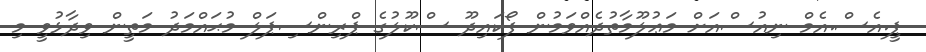
ޕީ.އެސް.އެމް ނިއުސްއަށް މަޢުލޫމާތުދެއްވަމުން ފޯކައިދޫ ސްކޫލުގެ ޕްރިންސިޕަލް މުޙައްމަދު މަތީން ވިދާޅުވީ މި